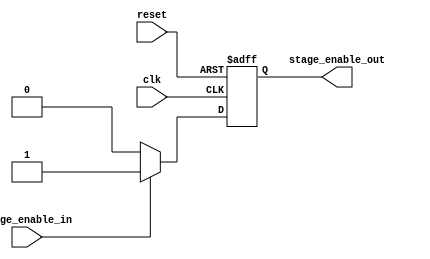
// This program was cloned from: https://github.com/FAST-Switch/fast
// License: Apache License 2.0

`timescale 1ns/1ps

module hold1clk(
clk,
reset,
stage_enable_in,
stage_enable_out
);


input clk;
input reset;
input stage_enable_in;
output  stage_enable_out;

reg stage_enable_out;


always @ (posedge clk or negedge reset)
begin
    if(!reset)
      begin
			    stage_enable_out <= 1'b0;
      end
    else
      begin
          if(stage_enable_in == 1'b1)
            begin
               stage_enable_out <= 1'b1;
            end
          else stage_enable_out <= 1'b0;
      end
end

























endmodule